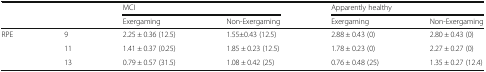
<table><thead><tr><td colspan="2"></td><td colspan="2"><b>MCI</b></td><td colspan="2"><b>Apparently healthy</b></td></tr><tr><td colspan="2"></td><td><b>Exergaming</b></td><td><b>Non-Exergaming</b></td><td><b>Exergaming</b></td><td><b>Non-Exergaming</b></td></tr></thead><tbody><tr><td rowspan="3">RPE</td><td>9</td><td>2.25 ± 0.36 (12.5)</td><td>1.55±0.43 (12.5)</td><td>2.88 ± 0.43 (0)</td><td>2.80 ± 0.43 (0)</td></tr><tr><td>11</td><td>1.41 ± 0.37 (0.25)</td><td>1.85 ± 0.23 (12.5)</td><td>1.78 ± 0.23 (0)</td><td>2.27 ± 0.27 (0)</td></tr><tr><td>13</td><td>0.79 ± 0.57 (31.5)</td><td>1.08 ± 0.42 (25)</td><td>0.76 ± 0.48 (25)</td><td>1.35 ± 0.27 (12.4)</td></tr></tbody></table>